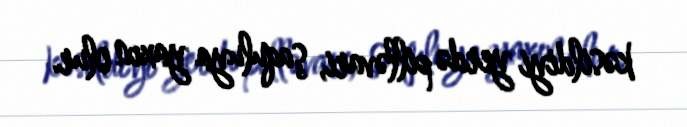
kəsildiyi yerdə pilləvari, şaquluya yaxın olur.